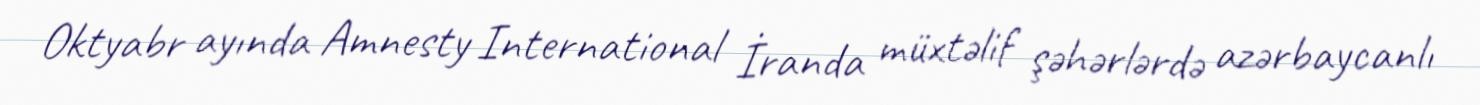
Oktyabr ayında Amnesty International İranda müxtəlif şəhərlərdə azərbaycanlı